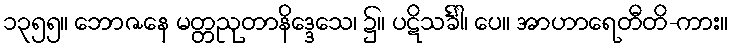
၁၃၅၅။ ဘောဇနေ မတ္တညုတာနိဒ္ဒေသေ၊ ၌။ ပဋိသင်္ခါ၊ ပေ။ အာဟာရေတီတိ-ကား။